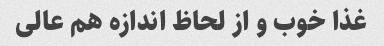
غذا خوب و از لحاظ اندازه هم عالی